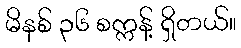
မိနစ် ၃၆ စက္ကန့် ရှိတယ်။